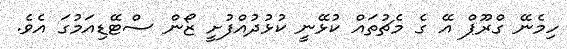
ހިމެނޭ ގްރޫޕް އޭ ގެ މެޗުތައް ކުޅޭނީ ކުޅުދުއްފުށީ ޒޯން ސްޓޭޑިއަމުގަ އެވެ.